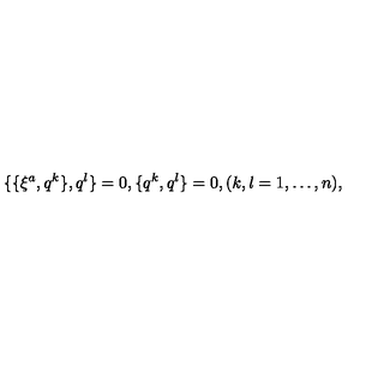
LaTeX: \{ \{ \xi ^ { a } , q ^ { k } \} , q ^ { l } \} = 0 , \{ q ^ { k } , q ^ { l } \} = 0 , ( k , l = 1 , \ldots , n ) ,